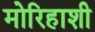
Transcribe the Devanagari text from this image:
मोरिहाशी